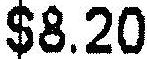
$8.20